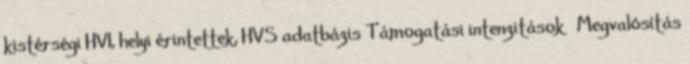
kistérségi HVI, helyi érintettek, HVS adatbázis Támogatási intenzitások ▪Megvalósítás